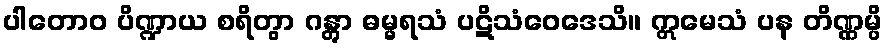
ပါတောဝ ပိဏ္ဍာယ စရိတွာ ဂန္တွာ ဓမ္မရသံ ပဋိသံဝေဒေသိ။ ဣမေသံ ပန တိဏ္ဏမ္ပိ